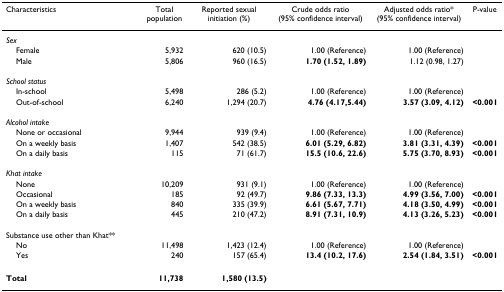
| Characteristics | Total population | Reported sexual initiation (%) | Crude odds ratio (95% confidence interval) | Adjusted odds ratio* (95% confidence interval) | P-value |
 | --- | --- | --- | --- | --- | --- |
 | Sex |  |  |  |  |  |
 | Female | 5,932 | 620 (10.5) | 1.00 (Reference) | 1.00 (Reference) |  |
 | Male | 5,806 | 960 (16.5) | 1.70 (1.52, 1.89) | 1.12 (0.98, 1.27) |  |
 | School status |  |  |  |  |  |
 | In-school | 5,498 | 286 (5.2) | 1.00 (Reference) | 1.00 (Reference) |  |
 | Out-of-school | 6,240 | 1,294 (20.7) | 4.76 (4.17,5.44) | 3.57 (3.09, 4.12) | <0.001 |
 | Alcohol intake |  |  |  |  |  |
 | None or occasional | 9,944 | 939 (9.4) | 1.00 (Reference) | 1.00 (Reference) |  |
 | On a weekly basis | 1,407 | 542 (38.5) | 6.01 (5.29, 6.82) | 3.81 (3.31, 4.39) | <0.001 |
 | On a daily basis | 115 | 71 (61.7) | 15.5 (10.6, 22.6) | 5.75 (3.70, 8.93) | <0.001 |
 | Khat intake |  |  |  |  |  |
 | None | 10,209 | 931 (9.1) | 1.00 (Reference) | 1.00 (Reference) |  |
 | Occasional | 185 | 92 (49.7) | 9.86 (7.33, 13.3) | 4.99 (3.56, 7.00) | <0.001 |
 | On a weekly basis | 840 | 335 (39.9) | 6.61 (5.67, 7.71) | 4.18 (3.50, 4.99) | <0.001 |
 | On a daily basis | 445 | 210 (47.2) | 8.91 (7.31, 10.9) | 4.13 (3.26, 5.23) | <0.001 |
 | Substance use other than Khat** |  |  |  |  |  |
 | No | 11,498 | 1,423 (12.4) | 1.00 (Reference) | 1.00 (Reference) |  |
 | Yes | 240 | 157 (65.4) | 13.4 (10.2, 17.6) | 2.54 (1.84, 3.51) | <0.001 |
 | Total | 11,738 | 1,580 (13.5) |  |  |  |